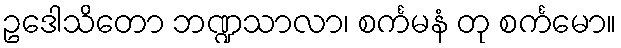
ဥဒေါသိတော ဘဏ္ဍသာလာ၊ စင်္ကမနံ တု စင်္ကမော။